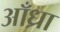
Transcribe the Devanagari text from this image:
आँध्रा